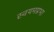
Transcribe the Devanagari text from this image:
स्वयमप्रभा